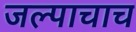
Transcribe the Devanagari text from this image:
जल्पाचाच